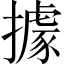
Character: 據